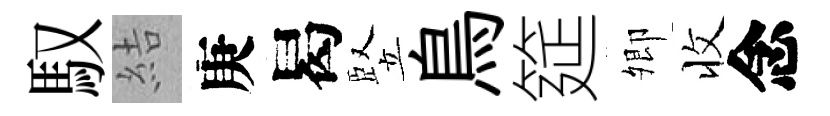
馭結庚曷竪鳥筵𡖖收念